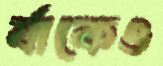
র‍্যাকেও